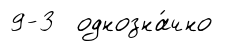
9-3 однозна́чно